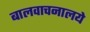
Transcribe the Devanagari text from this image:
बालवाचनालये